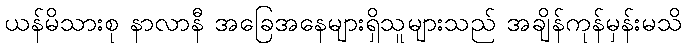
ယန်မိသားစု နာလာနီ အခြေအနေများရှိသူများသည် အချိန်ကုန်မှန်းမသိ